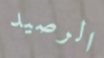
الرصيد